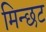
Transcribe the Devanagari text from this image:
मिन्छट